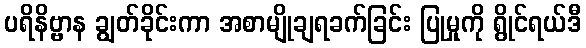
ပရိနိဗ္ဗာန ချွတ်ခိုင်းကာ အစာမျိုချရခက်ခြင်း ပြုမှုကို ရွိုင်ရယ်ဒီ